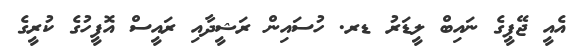
އެއީ ޖޭޕީގެ ނައިބް ލީޑަރު ޑރ. ހުސައިން ރަޝީދާއި ރައީސް އޮފީހުގެ ކުރީގެ